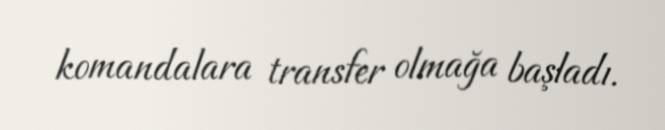
komandalara transfer olmağa başladı.